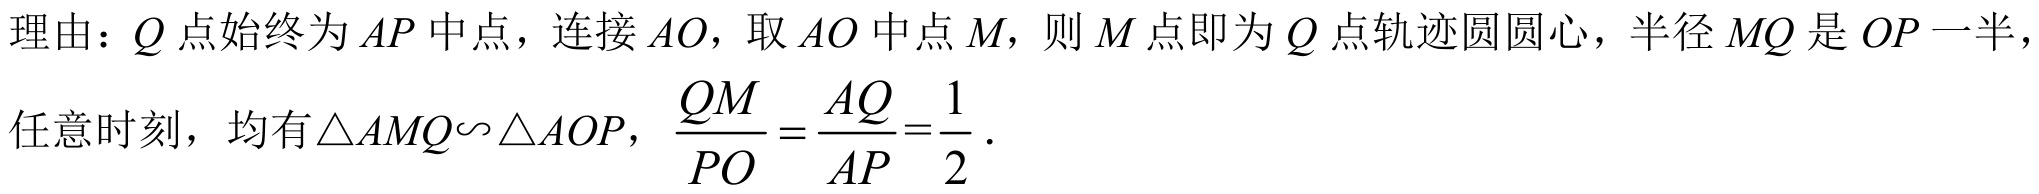
理由：\(Q\)点始终为\(AP\)中点，连接\(AO\)，取\(AO\)中点\(M\)，则\(M\)点即为\(Q\)点轨迹圆圆心，半径\(MQ\)是\(OP\)一半，
任意时刻，均有\(\triangle AMQ\sim\triangle AOP\)，\(\frac{QM}{PO}=\frac{AQ}{AP}=\frac{1}{2}\).